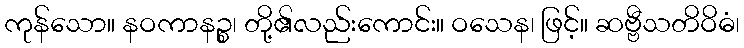
ကုန်သော။ နဝကာနဉ္စ၊ တို့၏လည်းကောင်း။ ဝသေန၊ ဖြင့်။ ဆဗ္ဗီသတိဝိဓံ၊